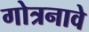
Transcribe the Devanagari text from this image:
गोत्रनावे